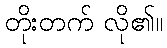
တိုးတက် လို၏။